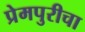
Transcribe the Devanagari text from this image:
प्रेमपुरीचा